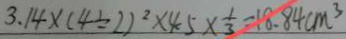
3 . 1 4 \times ( 4 \div 2 ) ^ { 2 } \times 4 . 5 \times \frac { 1 } { 3 } = 1 8 . 8 4 c m ^ { 3 }